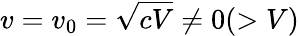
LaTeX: v=v_{0}=\sqrt{cV}\neq 0(>V)